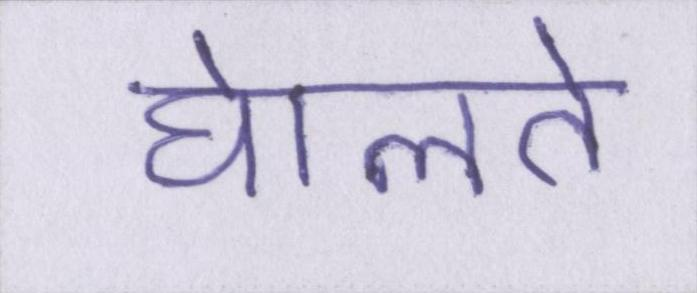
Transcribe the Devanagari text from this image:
घेालते